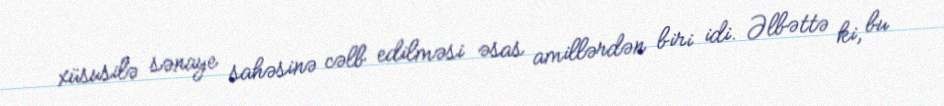
xüsusilə sənaye sahəsinə cəlb edilməsi əsas amillərdən biri idi. Əlbəttə ki, bu